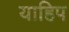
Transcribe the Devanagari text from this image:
याहिप